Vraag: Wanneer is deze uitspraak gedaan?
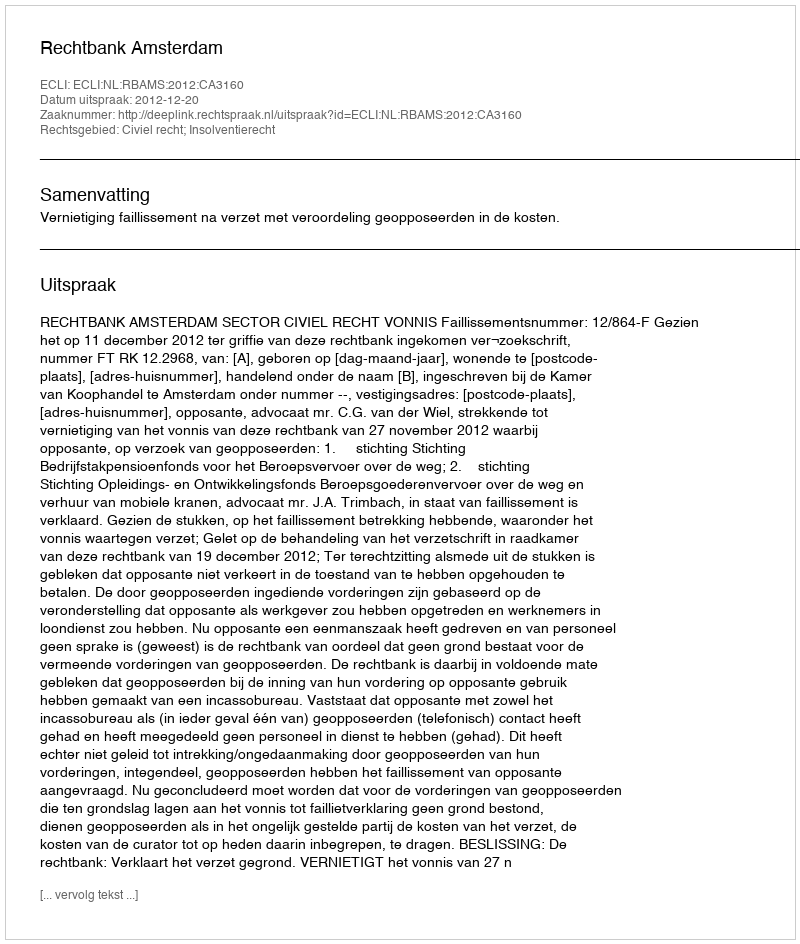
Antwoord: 2012-12-20